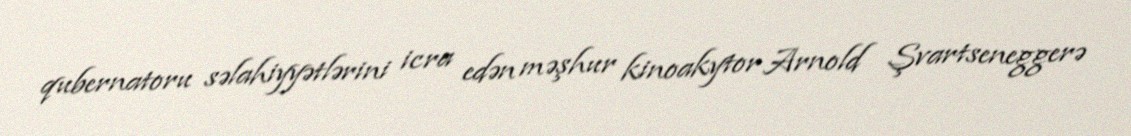
qubernatoru səlahiyyətlərini icra edən məşhur kinoakytor Arnold Şvartseneggerə